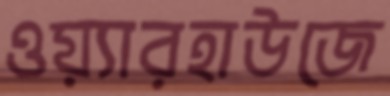
ওয়্যারহাউজে